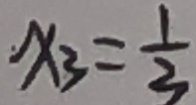
x _ { 3 } = \frac { 1 } { 3 }